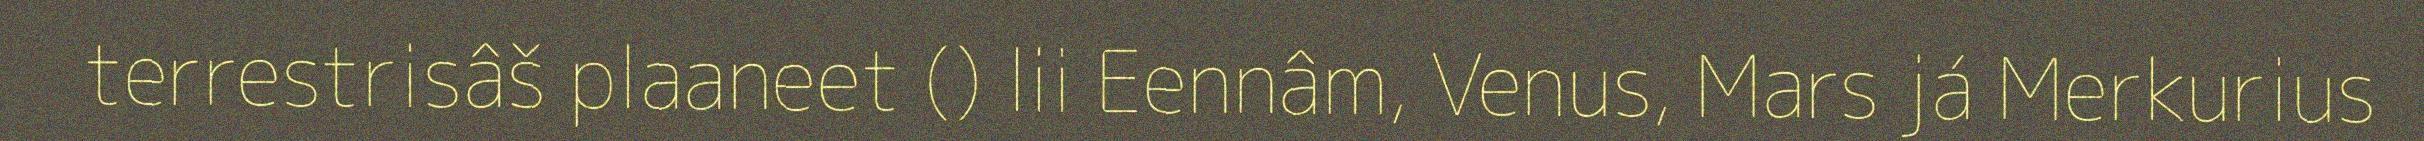
terrestrisâš plaaneet () lii Eennâm, Venus, Mars já Merkurius